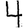
Digit: 4